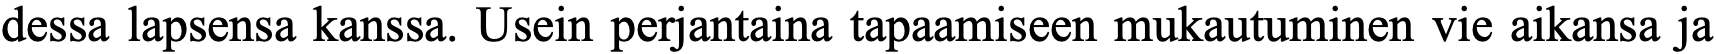
dessa lapsensa kanssa. Usein perjantaina tapaamiseen mukautuminen vie aikansa ja